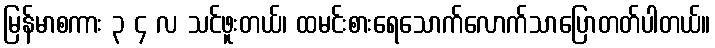
မြန်မာစကား ၃ ၄ လ သင်ဖူးတယ်၊ ထမင်းစားရေသောက်လောက်သာပြောတတ်ပါတယ်။